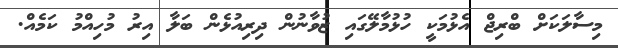
މިސާލަކަށް ބްރިޖް އެޅުމަކީ ހުޅުމާލޭގައި ޒުވާނުން ދިރިއުޅެން ބަލާ އިރު މުހިއްމު ކަމެއް.